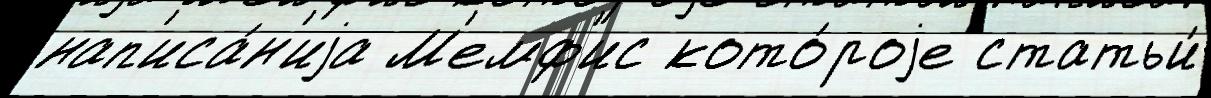
нап'иса́н'иjа М'емф'ис кото́роjе статьи́